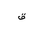
Letter: _qaf